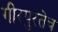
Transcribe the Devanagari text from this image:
गीरपुरतेच